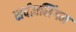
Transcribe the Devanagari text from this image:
सर्वज्ञसिंगम